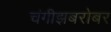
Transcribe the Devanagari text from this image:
चंगीझबरोबर